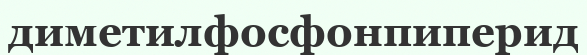
диметилфосфонпиперид